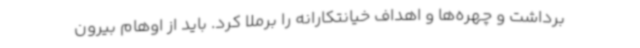
برداشت و چهره‌ها و اهداف خیانتکارانه را برملا کرد. باید از اوهام بیرون